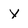
Character: y